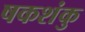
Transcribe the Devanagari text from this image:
षकशंकु